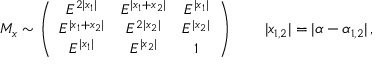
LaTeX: M _ { x } \sim \left( \begin{array} { c c c } { { { \cal E } ^ { 2 | x _ { 1 } | } } } & { { { \cal E } ^ { | x _ { 1 } + x _ { 2 } | } } } & { { { \cal E } ^ { | x _ { 1 } | } } } \\ { { { \cal E } ^ { | x _ { 1 } + x _ { 2 } | } } } & { { { \cal E } ^ { 2 | x _ { 2 } | } } } & { { { \cal E } ^ { | x _ { 2 } | } } } \\ { { { \cal E } ^ { | x _ { 1 } | } } } & { { { \cal E } ^ { | x _ { 2 } | } } } & { { 1 } } \end{array} \right) \qquad | x _ { 1 , 2 } | = | \alpha - \alpha _ { 1 , 2 } | \, ,